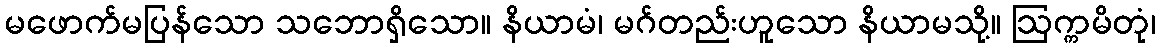
မဖောက်မပြန်သော သဘောရှိသော။ နိယာမံ၊ မဂ်တည်းဟူသော နိယာမသို့။ ဩက္ကမိတုံ၊